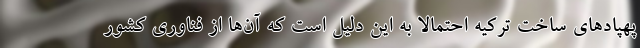
پهپادهای ساخت ترکیه احتمالا به این دلیل است که آن‌ها از فناوری‌ کشور